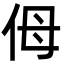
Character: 㑄